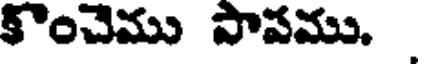
కొంచెము సాపము.